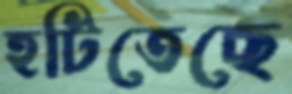
হটিতেছে